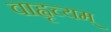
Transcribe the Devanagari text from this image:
वाह्वृच्यम्